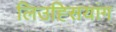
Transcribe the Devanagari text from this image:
लिउह्सियांग